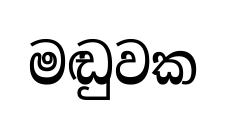
මඬුවක